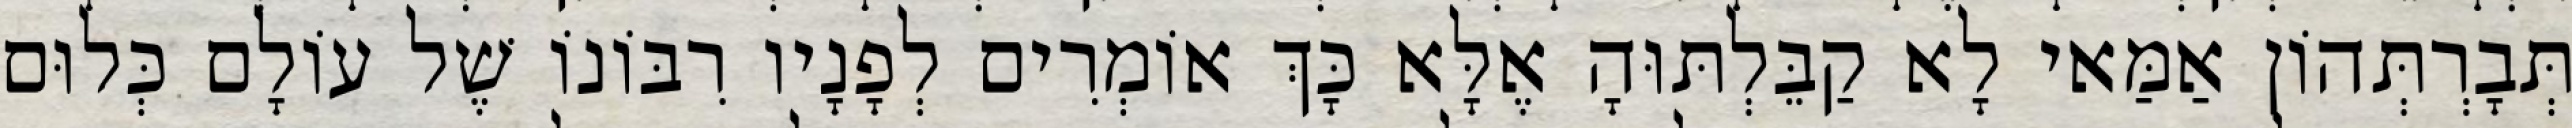
תְּבָרְתְּהוֹן אַמַּאי לָא קַבֵּלְתּוּהָ אֶלָּא כָּךְ אוֹמְרִים לְפָנָיו רִבּוֹנוֹ שֶׁל עוֹלָם כְּלוּם